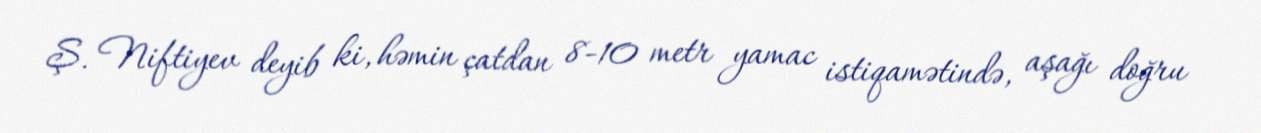
Ş. Niftiyev deyib ki, həmin çatdan 8-10 metr yamac istiqamətində, aşağı doğru